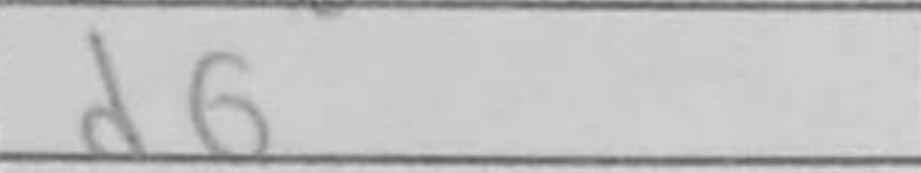
Transcription: d6